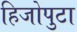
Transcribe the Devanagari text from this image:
हिजोपुटा